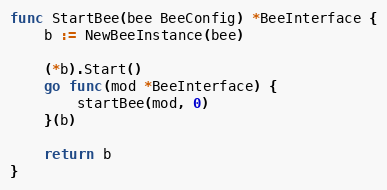
Language: Go
func StartBee(bee BeeConfig) *BeeInterface {
	b := NewBeeInstance(bee)

	(*b).Start()
	go func(mod *BeeInterface) {
		startBee(mod, 0)
	}(b)

	return b
}